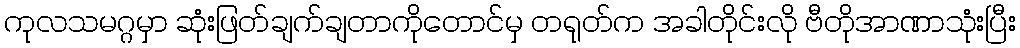
ကုလသမဂ္ဂမှာ ဆုံးဖြတ်ချက်ချတာကိုတောင်မှ တရုတ်က အခါတိုင်းလို ဗီတိုအာဏာသုံးပြီး